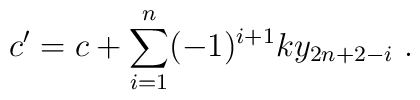
c^{\prime} = c + \sum_{i=1}^{n} (-1)^{i+1} k y_{2n+2 -i}~.~\,